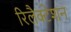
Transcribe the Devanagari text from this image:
रिलैक्टेशन